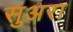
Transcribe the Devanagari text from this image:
सुअरा